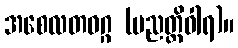
အစေလတဝဂ္ဂ (ပညတ္တိဝါရ)။